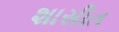
શાસીત